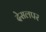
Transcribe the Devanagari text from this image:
देसलपर